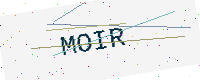
Text: MOIR